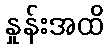
နှုန်းအထိ